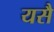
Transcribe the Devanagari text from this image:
यसै